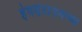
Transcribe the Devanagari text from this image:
हेगर्सटाउनच्या